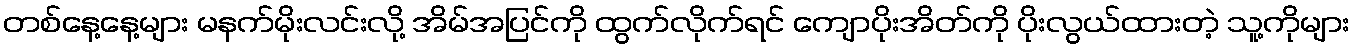
တစ်နေ့နေ့များ မနက်မိုးလင်းလို့ အိမ်အပြင်ကို ထွက်လိုက်ရင် ကျောပိုးအိတ်ကို ပိုးလွယ်ထားတဲ့ သူ့ကိုများ